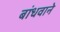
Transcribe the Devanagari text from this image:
बांधवाने